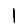
Digit: 1